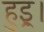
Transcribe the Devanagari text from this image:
हुइ्र।